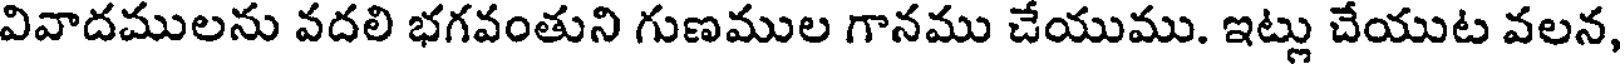
వివాదములను వదలి భగవంతుని గుణముల గానము చేయుము. ఇట్లు చేయుట వలన,